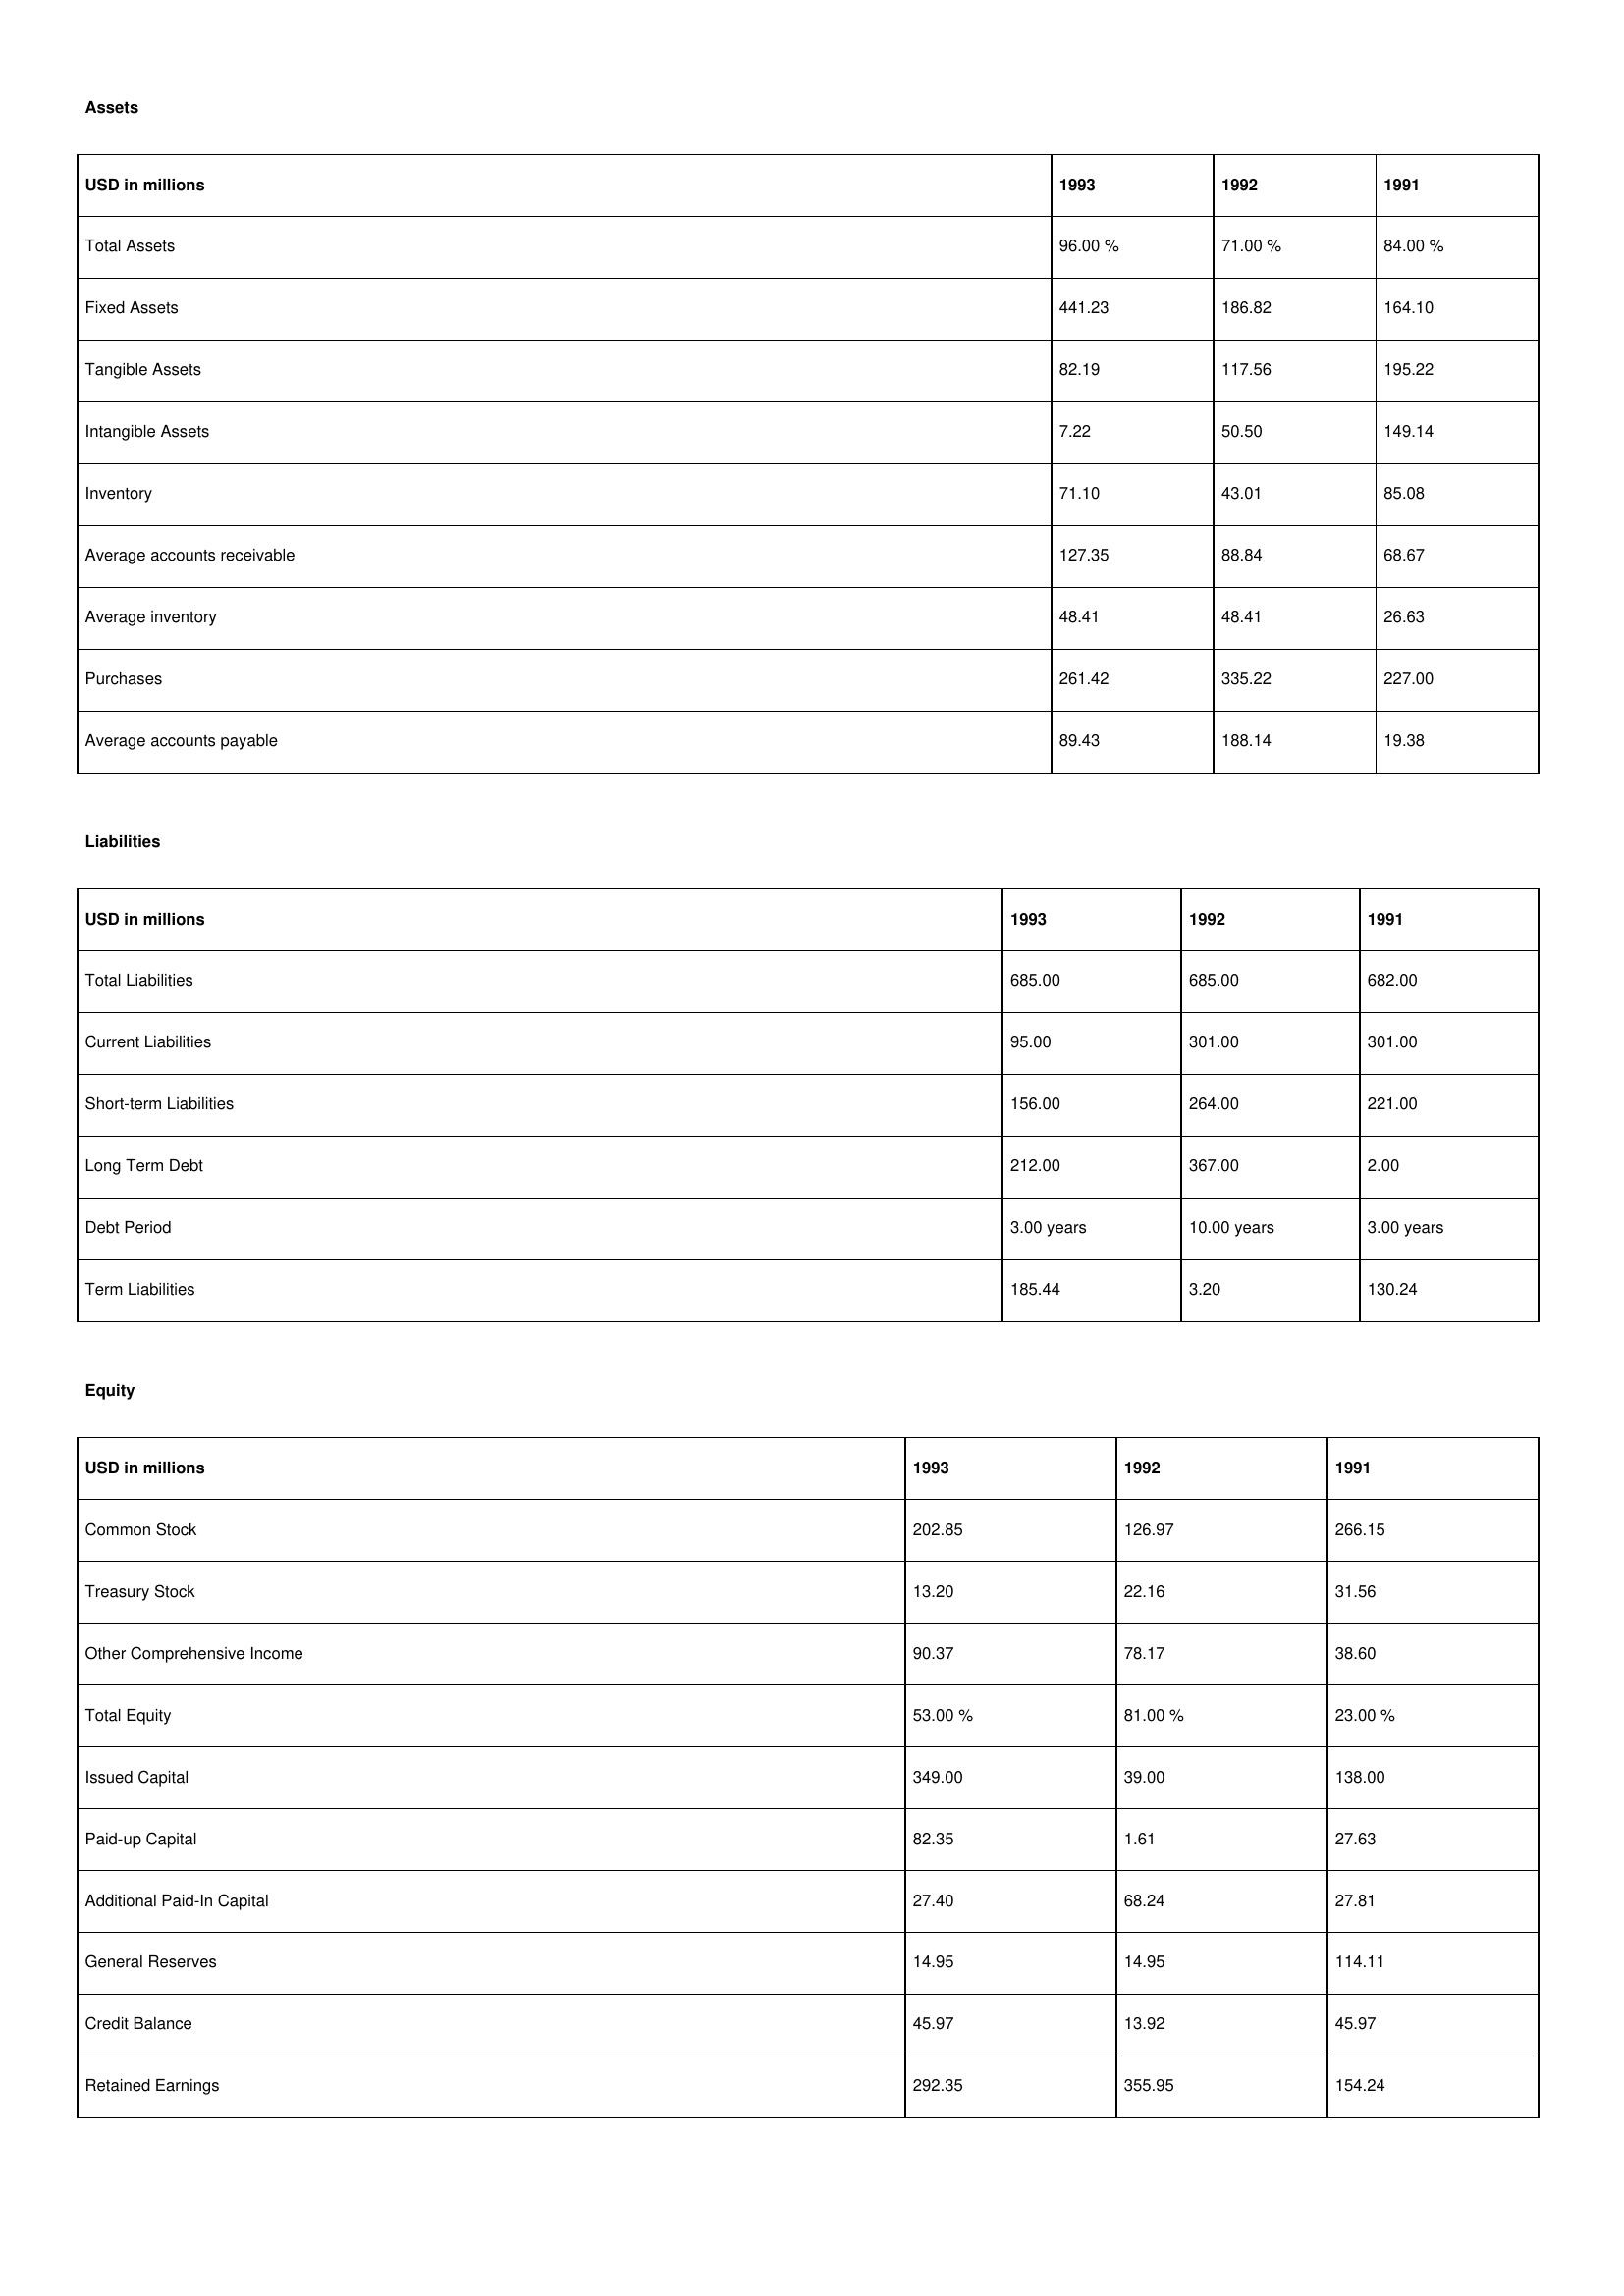
gt_parse: 1993: Assets: Total Assets: 96.00 %
Fixed Assets: 441.23
Tangible Assets: 82.19
Intangible Assets: 7.22
Inventory: 71.10
Average accounts receivable: 127.35
Average inventory: 48.41
Purchases: 261.42
Average accounts payable: 89.43
Liabilities: Total Liabilities: 685.00
Current Liabilities: 95.00
Short-term Liabilities: 156.00
Long Term Debt: 212.00
Debt Period: 3.00 years
Term Liabilities: 185.44
Equity: Common Stock: 202.85
Treasury Stock: 13.20
Other Comprehensive Income: 90.37
Total Equity: 53.00 %
Issued Capital: 349.00
Paid-up Capital: 82.35
Additional Paid-In Capital: 27.40
General Reserves: 14.95
Credit Balance: 45.97
Retained Earnings: 292.35
1992: Assets: Total Assets: 71.00 %
Fixed Assets: 186.82
Tangible Assets: 117.56
Intangible Assets: 50.50
Inventory: 43.01
Average accounts receivable: 88.84
Average inventory: 48.41
Purchases: 335.22
Average accounts payable: 188.14
Liabilities: Total Liabilities: 685.00
Current Liabilities: 301.00
Short-term Liabilities: 264.00
Long Term Debt: 367.00
Debt Period: 10.00 years
Term Liabilities: 3.20
Equity: Common Stock: 126.97
Treasury Stock: 22.16
Other Comprehensive Income: 78.17
Total Equity: 81.00 %
Issued Capital: 39.00
Paid-up Capital: 1.61
Additional Paid-In Capital: 68.24
General Reserves: 14.95
Credit Balance: 13.92
Retained Earnings: 355.95
1991: Assets: Total Assets: 84.00 %
Fixed Assets: 164.10
Tangible Assets: 195.22
Intangible Assets: 149.14
Inventory: 85.08
Average accounts receivable: 68.67
Average inventory: 26.63
Purchases: 227.00
Average accounts payable: 19.38
Liabilities: Total Liabilities: 682.00
Current Liabilities: 301.00
Short-term Liabilities: 221.00
Long Term Debt: 2.00
Debt Period: 3.00 years
Term Liabilities: 130.24
Equity: Common Stock: 266.15
Treasury Stock: 31.56
Other Comprehensive Income: 38.60
Total Equity: 23.00 %
Issued Capital: 138.00
Paid-up Capital: 27.63
Additional Paid-In Capital: 27.81
General Reserves: 114.11
Credit Balance: 45.97
Retained Earnings: 154.24